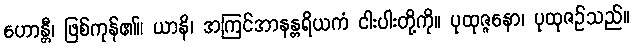
ဟောန္တီ၊ ဖြစ်ကုန်၏။ ယာနိ၊ အကြင်အာနန္တရိယကံ ငါးပါးတို့ကို။ ပုထုဇ္ဇနော၊ ပုထုဇဉ်သည်။